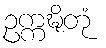
ဥက္ကဍ္ဎိတုံ